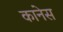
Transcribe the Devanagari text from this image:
कानेस